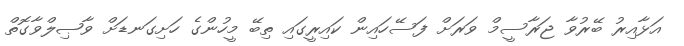
އަޅާއިރު ބޭރުވާ ޖަރާސީމް ވަރަށް ފަސޭހައިން ކައިރީގައި ތިބޭ މީހުންގެ ހަށިގަނޑަށް ވާޞިލްވާގޮތް